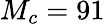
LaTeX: M_{c}=91